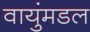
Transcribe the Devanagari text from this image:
वायुंमडल